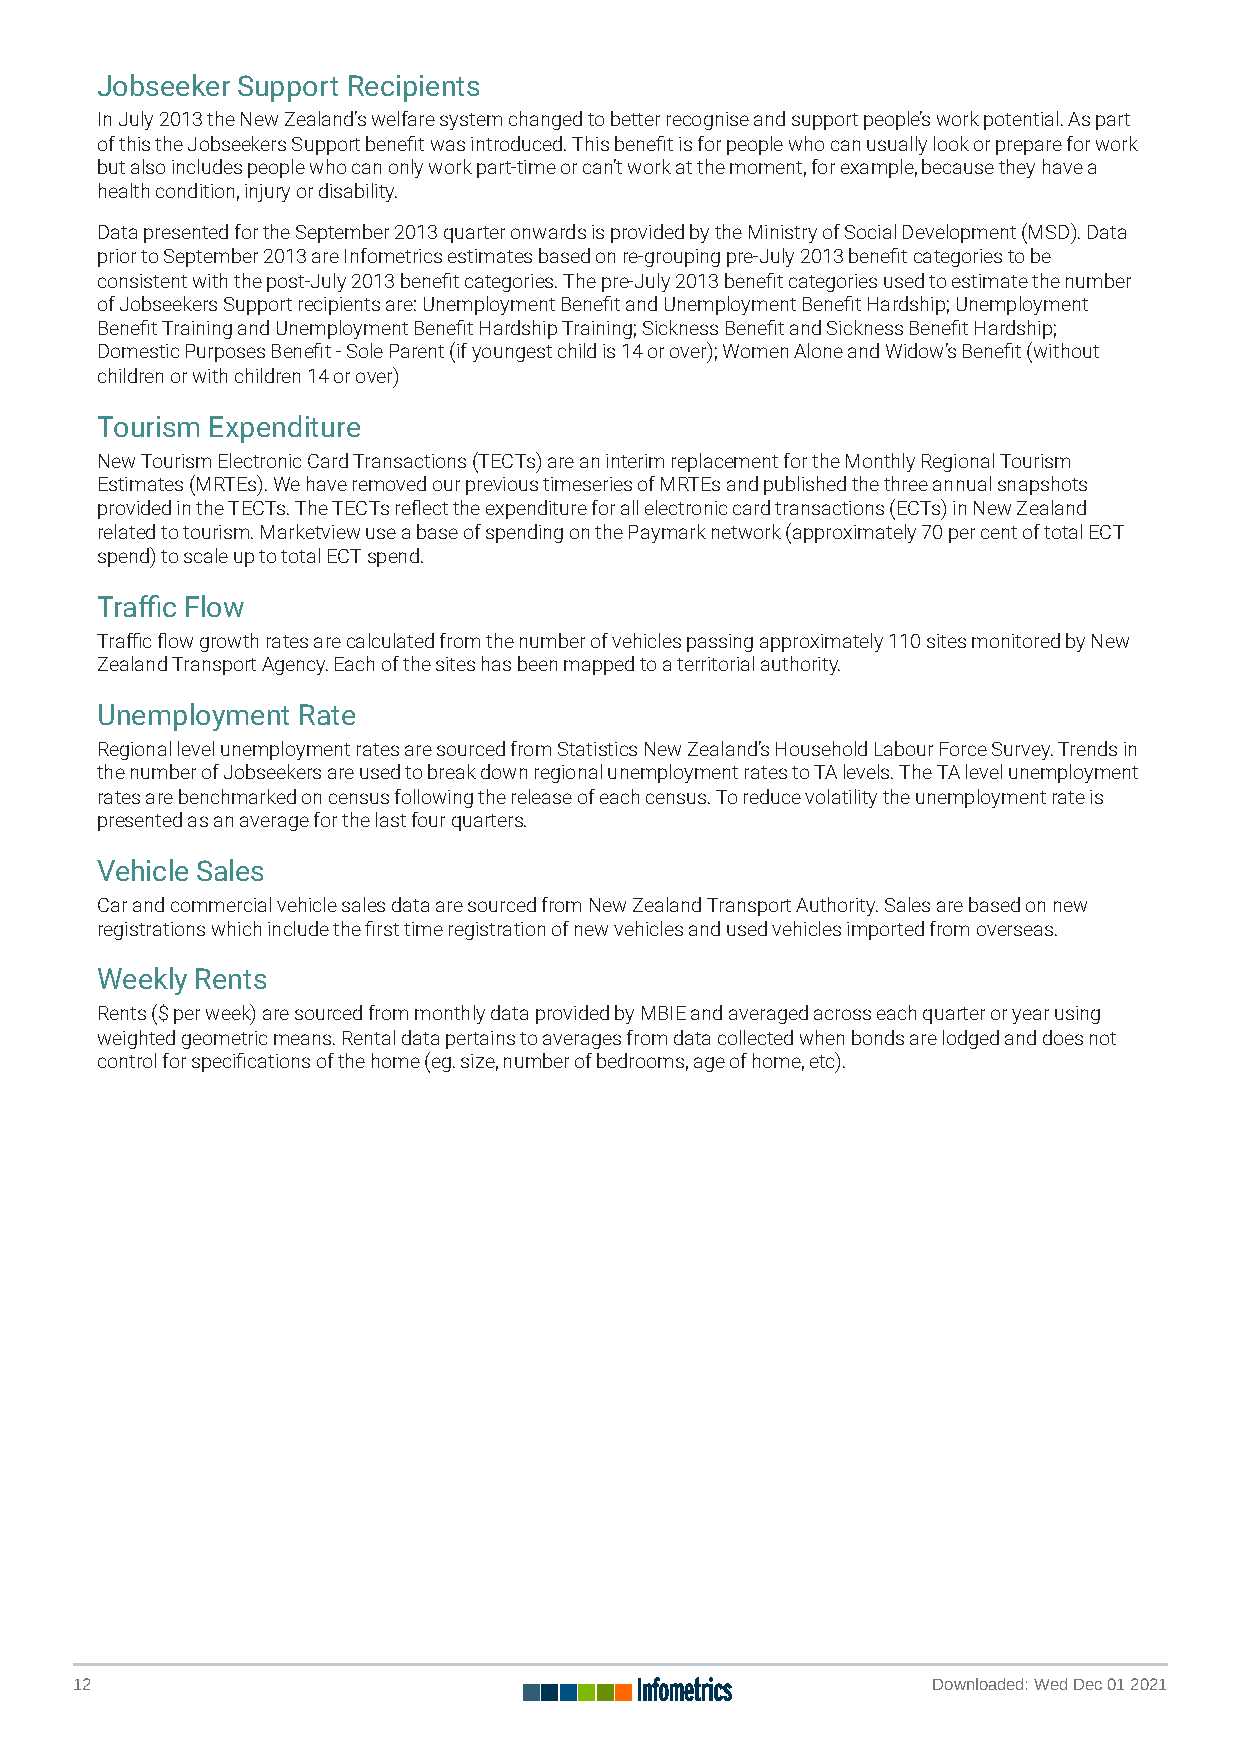
Jobseeker Support Recipients
 In July 2013 the New Zealand’s welfare system changed to better recognise and support people’s work potential. As part
 of this the Jobseekers Support benet was introduced. This benet is for people who can usually look or prepare for work
 but also includes people who can only work part-time or can’t work at the moment, for example, because they have a
 health condition, injury or disability.
 Data presented for the September 2013 quarter onwards is provided by the Ministry of Social Development (MSD). Data
 prior to September 2013 are Infometrics estimates based on re-grouping pre-July 2013 benet categories to be
 consistent with the post-July 2013 benet categories. The pre-July 2013 benet categories used to estimate the number
 of Jobseekers Support recipients are: Unemployment Benet and Unemployment Benet Hardship; Unemployment
 Benet Training and Unemployment Benet Hardship Training; Sickness Benet and Sickness Benet Hardship;
 Domestic Purposes Benet - Sole Parent (if youngest child is 14 or over); Women Alone and Widow’s Benet (without
 children or with children 14 or over)
 Tourism Expenditure
 New Tourism Electronic Card Transactions (TECTs) are an interim replacement for the Monthly Regional Tourism
 Estimates (MRTEs). We have removed our previous timeseries of MRTEs and published the three annual snapshots
 provided in the TECTs. The TECTs reect the expenditure for all electronic card transactions (ECTs) in New Zealand
 related to tourism. Marketview use a base of spending on the Paymark network (approximately 70 per cent of total ECT
 spend) to scale up to total ECT spend.
 Trac Flow
 Trac ow growth rates are calculated from the number of vehicles passing approximately 110 sites monitored by New
 Zealand Transport Agency. Each of the sites has been mapped to a territorial authority.
 Unemployment  Rate
 Regional level unemployment rates are sourced from Statistics New Zealand’s Household Labour Force Survey. Trends in
 the number of Jobseekers are used to break down regional unemployment rates to TA levels. The TA level unemployment
 rates are benchmarked on census following the release of each census. To reduce volatility the unemployment rate is
 presented as an average for the last four quarters.
 Vehicle Sales
 Car and commercial vehicle sales data are sourced from New Zealand Transport Authority. Sales are based on new
 registrations which include the rst time registration of new vehicles and used vehicles imported from overseas.
 Weekly Rents
 Rents ($ per week) are sourced from monthly data provided by MBIE and averaged across each quarter or year using
 weighted geometric means. Rental data pertains to averages from data collected when bonds are lodged and does not
 control for specications of the home (eg. size, number of bedrooms, age of home, etc).
 12                                                       Downloaded: Wed Dec 01 2021